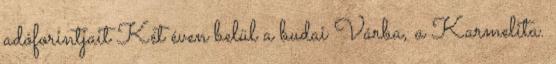
adóforintjait Két éven belül a budai Várba, a Karmelita.